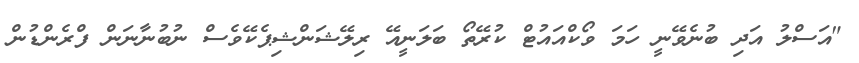
"އަސްލު އަދި ބުނެވޭނީ ހަމަ ވޯކްއައުޓް ކުރޭތޯ ބަލަނީއޭ ރިލޭޝަންޝިޕެކޭވެސް ނުބުނާނަން ފްރެންޑުން